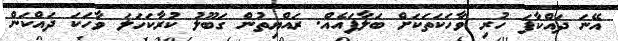
އޭނަ ދައްކާފަ ހުރި ވާހަކަތަކަށް ބަލާފައެއް. ރައްޔިތުން ގަބޫލު ކުރާކަހަލަ ވާހަކަ ދައްކަން